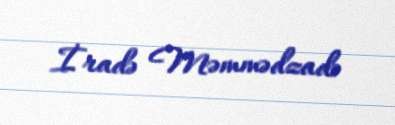
İradə Məmmədzadə